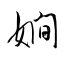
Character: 嫺